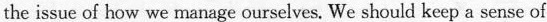
the issue of how we manage ourselves. We should keep a sense of